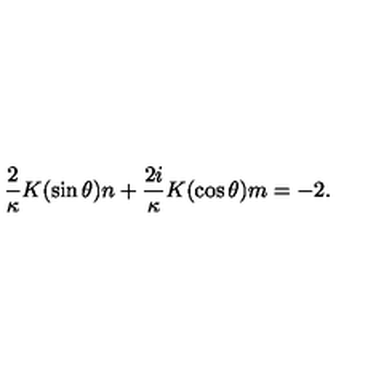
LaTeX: \frac { 2 } { \kappa } K ( \sin \theta ) n + \frac { 2 i } { \kappa } K ( \cos \theta ) m = - 2 .